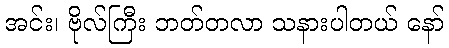
အင်း၊ ဗိုလ်ကြီး ဘတ်တလာ သနားပါတယ် နော်